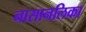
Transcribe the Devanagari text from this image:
नासानलिका